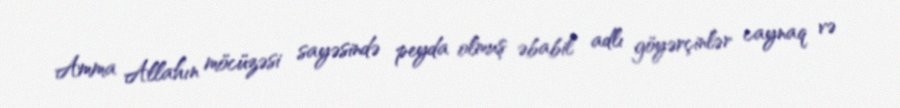
Amma Allahın möcüzəsi sayəsində peyda olmuş əbabil adlı göyərçinlər caynaq və